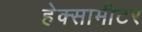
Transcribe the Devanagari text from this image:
हेक्सामीटर